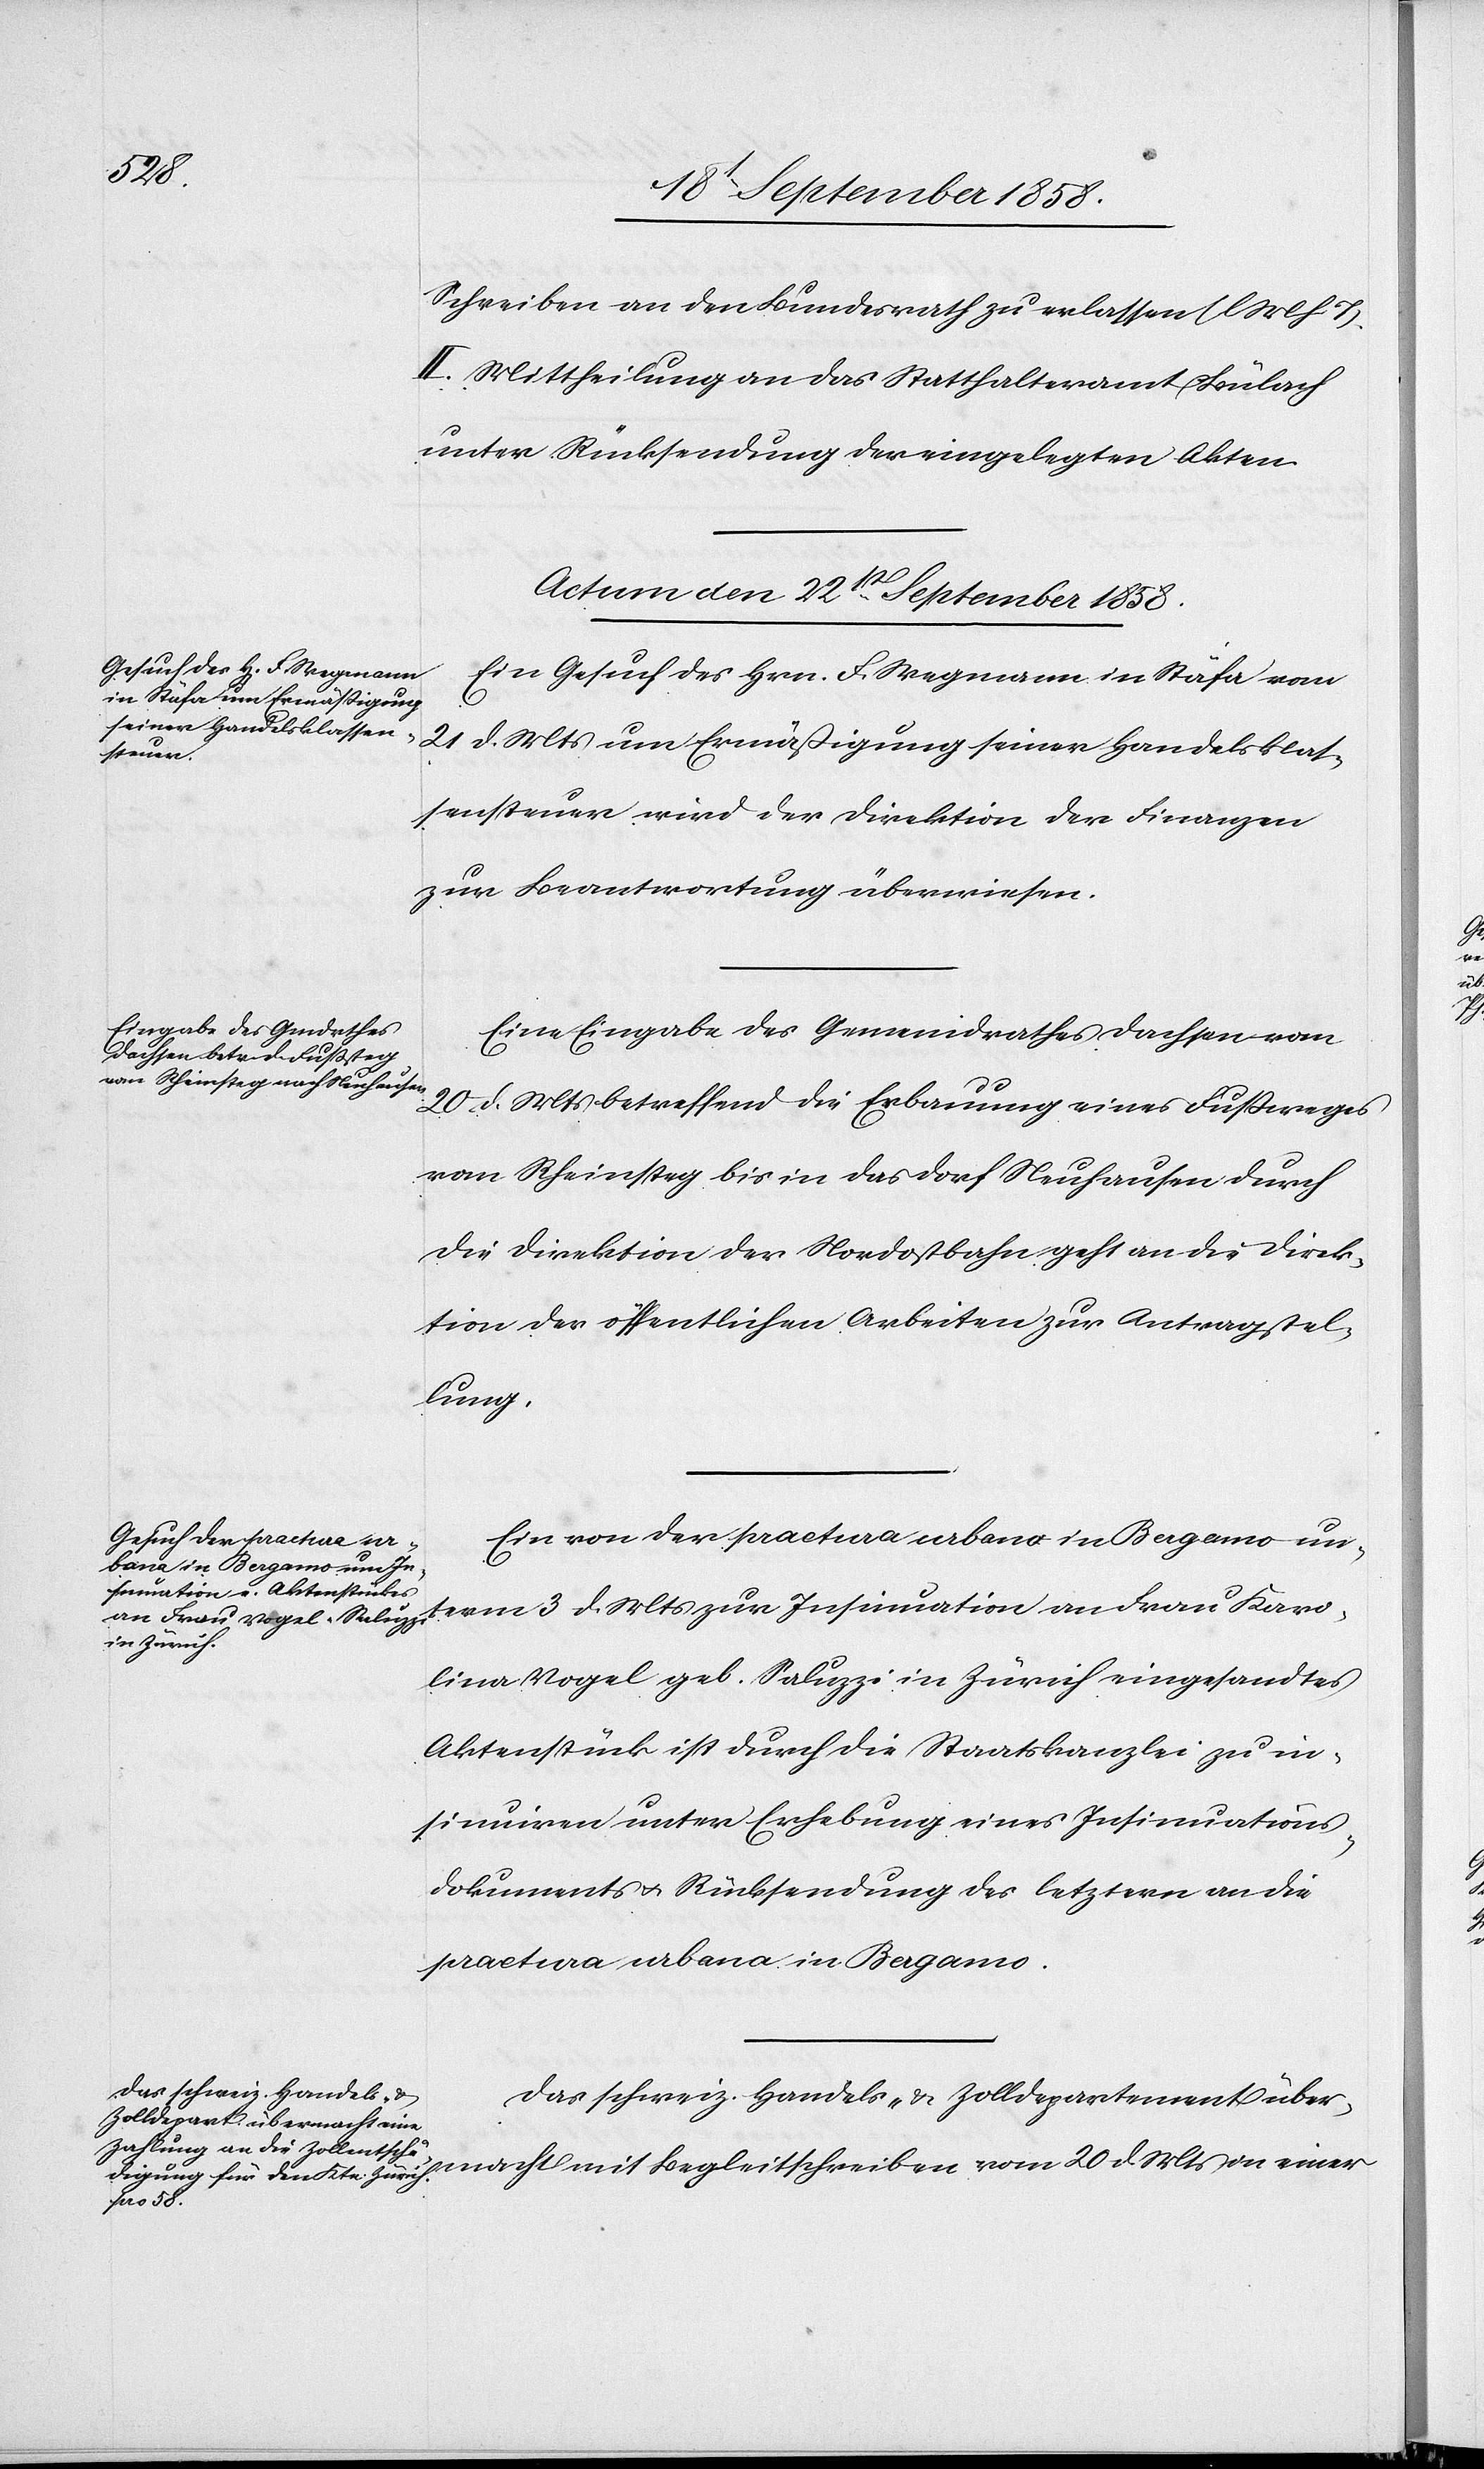
20 d.
Schreiben an den Bundesrath zu erlassen (l M h T).
II. Mittheilung an das Statthalteramt Bülach
unter Rücksendung der eingelegten Akten.
Actum den 22st. September 1858.]
Ein Gesuch des Hrn. F. Wegmann in Stäfa vom
21 d. Mts um Ermäßigung seiner Handelsklas¬
sensteuer wird der Direktion der Finanzen
zur Beantwortung überwiesen.
Eine Eingabe des Gemeindrathes Dachsen vom
20 d. Mts betreffend die Erbauung eines Fußweges
von Rheinsteg bis in das Dorf Neuhausen durch
die Direktion der Nordostbahn geht an die Direk¬
tion der öffentlichen Arbeiten zur Antragstel¬
lung.
Ein von der praetura urbana in Bergamo un¬
term 3 d. Mts zur Insinuation an Frau Karo¬
lina Vogel geb. Saluzzi in Zürich eingesandtes
Aktenstück ist durch die Staatskanzlei zu in¬
sinuiren unter Erhebung eines Insinuations¬
dokuments & Rücksendung des letztern an die
praetura urbana in Bergamo.
Das schweiz. Handels- & Zolldepartement über¬